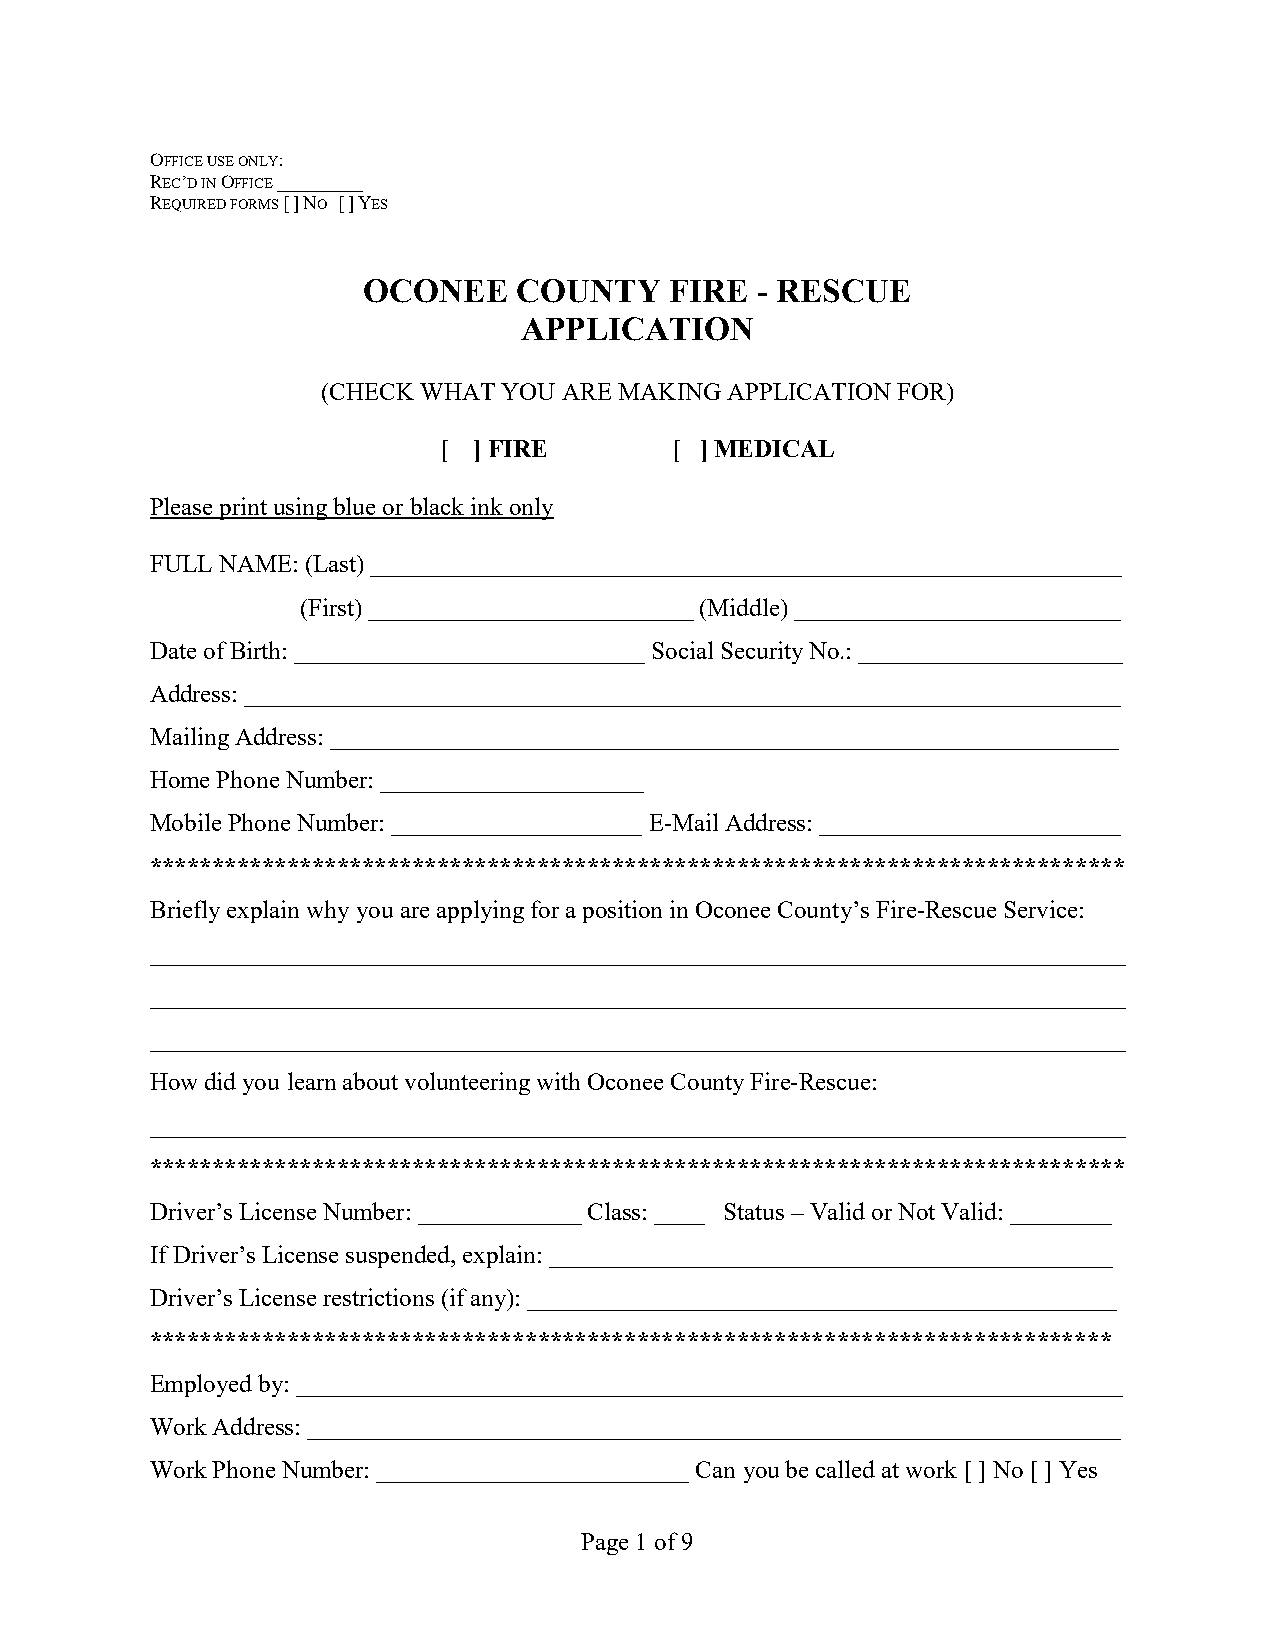
OFFICE USE ONLY:
 REC’D IN OFFICE _________
 REQUIRED FORMS [ ] NO [ ] YES
 OCONEE    COUNTY    FIRE  - RESCUE
 APPLICATION
 (CHECK WHAT YOU ARE MAKING APPLICATION FOR)
 [ ] FIRE        [ ] MEDICAL
 Please print using blue or black ink only
 FULL NAME: (Last) ____________________________________________________________
 (First) __________________________ (Middle) __________________________
 Date of Birth: ____________________________ Social Security No.: _____________________
 Address: ______________________________________________________________________
 Mailing Address: _______________________________________________________________
 Home Phone Number: _____________________
 Mobile Phone Number: ____________________ E-Mail Address: ________________________
 ******************************************************************************
 Briefly explain why you are applying for a position in Oconee County’s Fire-Rescue Service:
 ______________________________________________________________________________
 ______________________________________________________________________________
 ______________________________________________________________________________
 How did you learn about volunteering with Oconee County Fire-Rescue:
 ______________________________________________________________________________
 ******************************************************************************
 Driver’s License Number: _____________ Class: ____ Status – Valid or Not Valid: ________
 If Driver’s License suspended, explain: _____________________________________________
 Driver’s License restrictions (if any): _______________________________________________
 *****************************************************************************
 Employed by: __________________________________________________________________
 Work Address: _________________________________________________________________
 Work Phone Number: _________________________ Can you be called at work [ ] No [ ] Yes
 Page 1 of 9